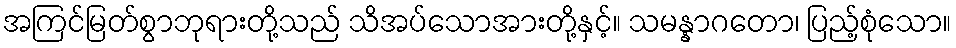
အကြင်မြတ်စွာဘုရားတို့သည် သိအပ်သောအားတို့နှင့်။ သမန္နာဂတော၊ ပြည့်စုံသော။